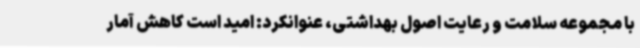
با مجموعه سلامت و رعایت اصول بهداشتی، عنوانکرد: امید است کاهش آمار